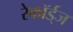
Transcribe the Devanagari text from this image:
रेकॉर्ड्‌ज